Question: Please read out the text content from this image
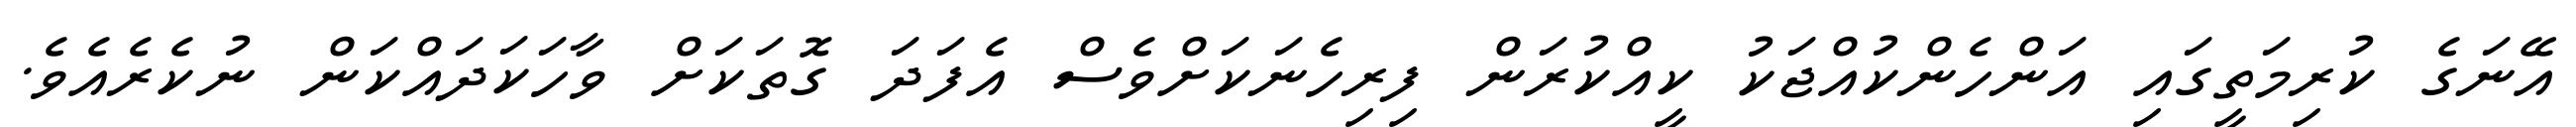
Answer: އޭނަގެ ކުރިމަތީގައި އަންހެންކުއްޖަކު ކީއްކުރަން ފިރިހެނަކަށްވެސް އެފަދަ ގޮތަކަށް ވާހަކަދައްކަން ނުކެރެއެވެ.